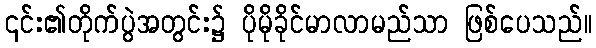
၎င်း၏တိုက်ပွဲအတွင်း၌ ပိုမိုခိုင်မာလာမည်သာ ဖြစ်ပေသည်။